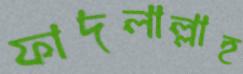
ফাদলাল্লাহ